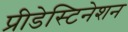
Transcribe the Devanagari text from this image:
प्रीडेस्टिनेशन